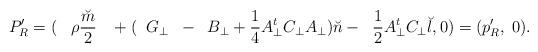
LaTeX: \begin{align*}P'_{R} =(\;\;\;{\rho}\frac{\breve m}{2}\;\;\; +(\;\;G_{\bot}\;\;-\;\;B_{\bot} + \frac{1}{4}A_{\bot}^{t} C_{\bot} A_{\bot}){\breve n} - \;\;\frac{1}{2} A_{\bot}^{t} C_{\bot} {\breve l}, 0 ) = (p'_{R},\;0 ).\end{align*}